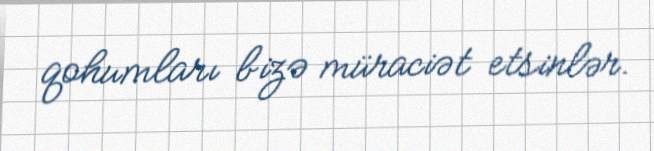
qohumları bizə müraciət etsinlər.